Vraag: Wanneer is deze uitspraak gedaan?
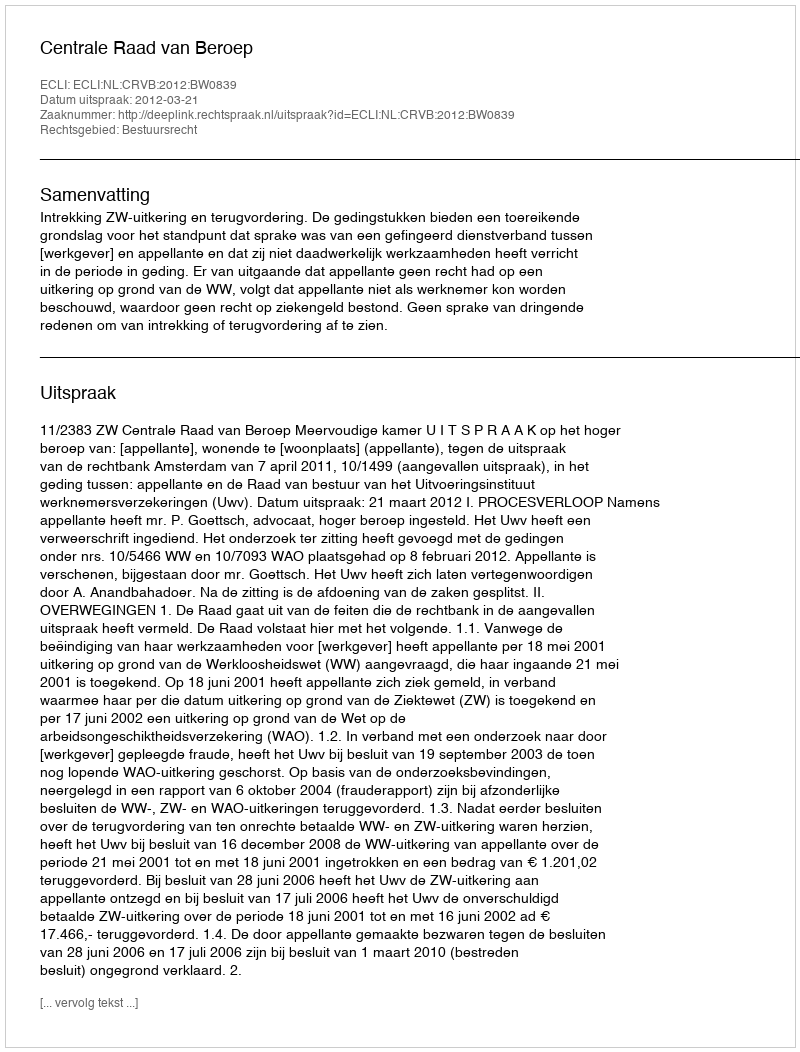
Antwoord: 2012-03-21